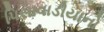
પિસાવાડીયાનો